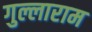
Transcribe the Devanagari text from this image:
गुल्लाराम